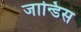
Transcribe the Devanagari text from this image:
जान्डिस